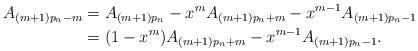
LaTeX: \begin{align*}A_{(m+1)p_n-m}&=A_{(m+1)p_n}-x^m A_{(m+1)p_n+m}-x^{m-1}A_{(m+1)p_n-1}&\\&=(1-x^m)A_{(m+1)p_n+m}-x^{m-1}A_{(m+1)p_n-1}.\end{align*}